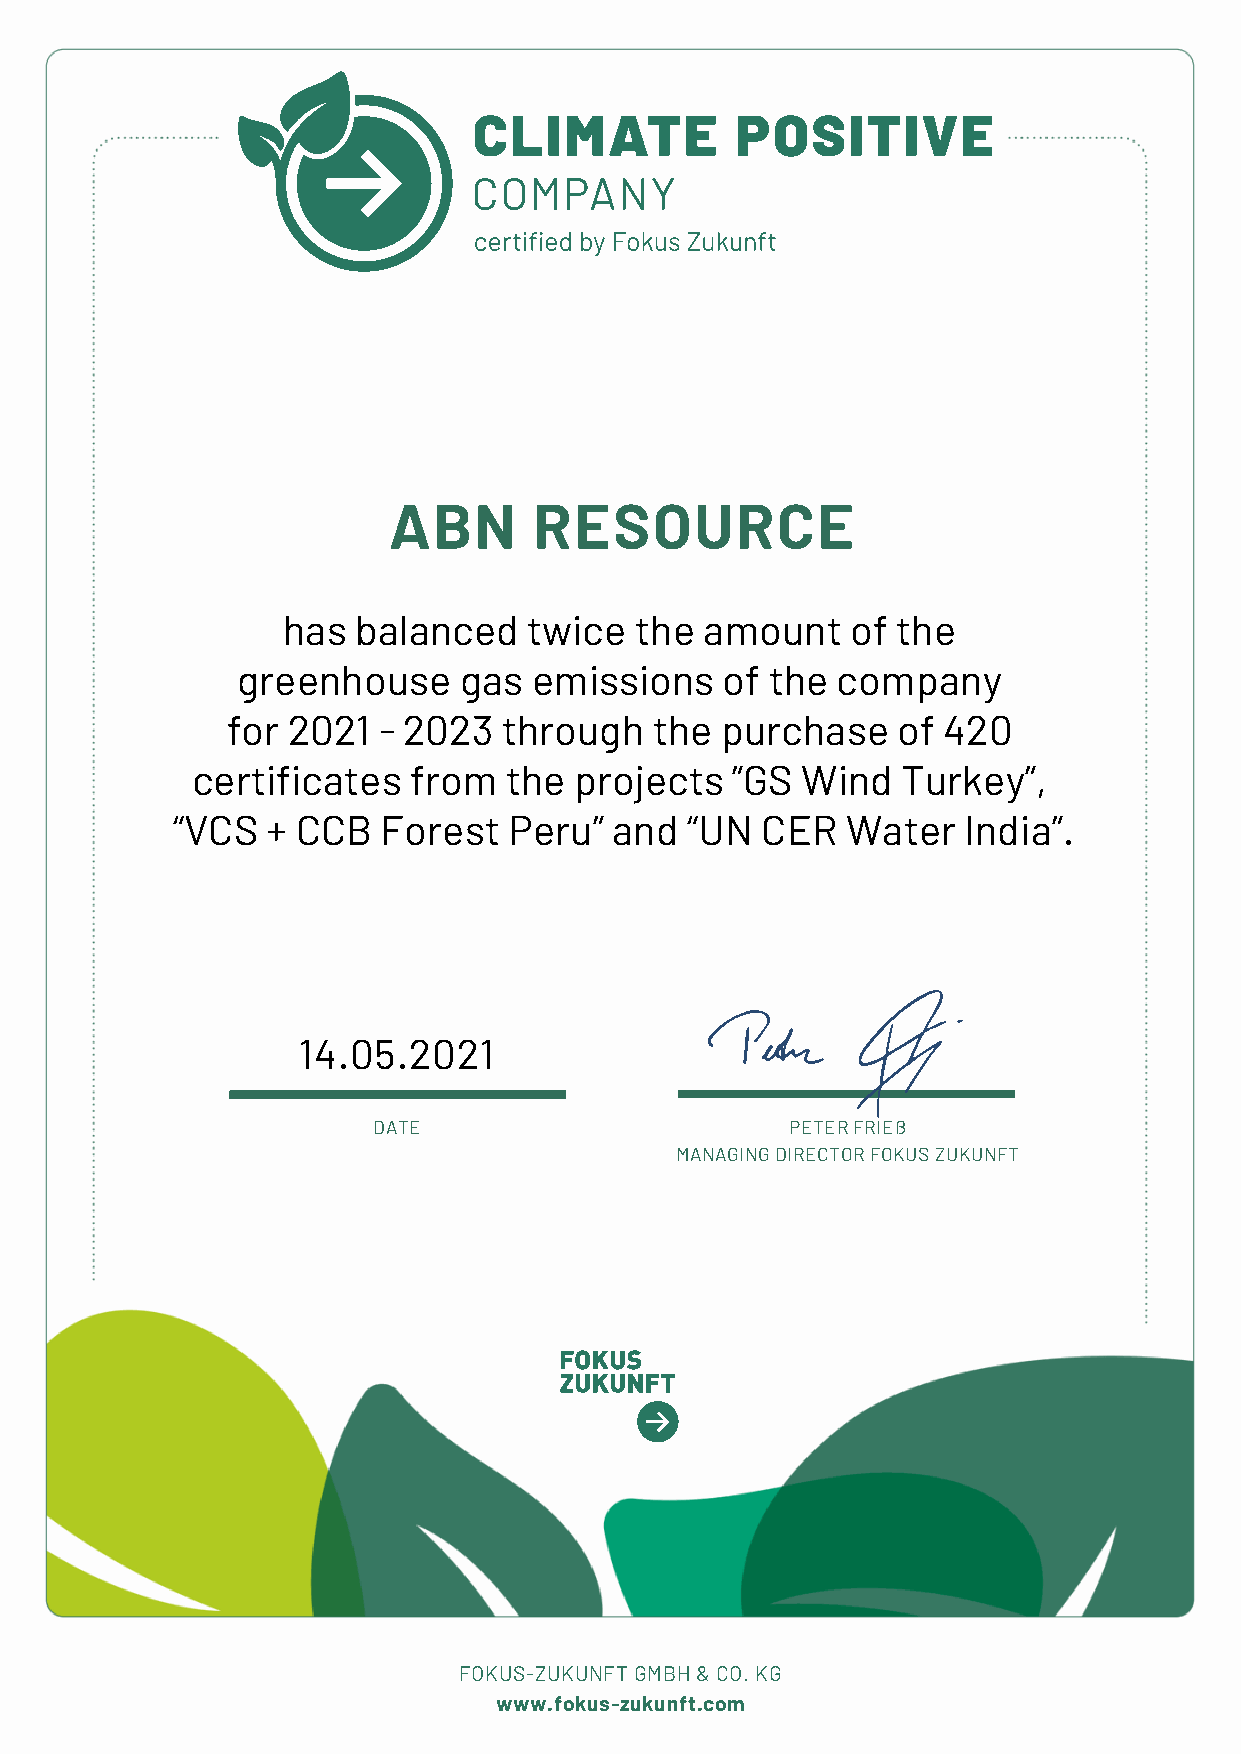
ABN      RESOURCE
 has balanced    twice  the  amount   of the
 greenhouse    gas  emissions    of the company
 for 2021  - 2023  through   the  purchase   of 420
 certificates  from  the  projects  ”GS  Wind   Turkey”,
 “VCS   + CCB  Forest   Peru”  and “UN  CER   Water   India”.
 14.05.2021
 DATE                       PETER FRIEß
 MANAGING DIRECTOR FOKUS ZUKUNFT
 FOKUS-ZUKUNFT GMBH & CO. KG
 www.fokus-zukunft.com